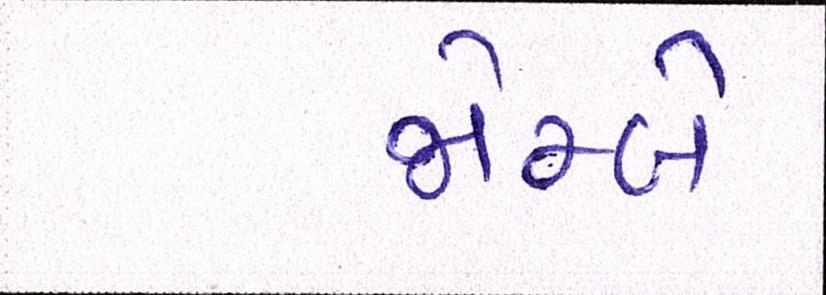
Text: જોમ્બે